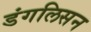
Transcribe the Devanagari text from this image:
डंगलिसन